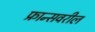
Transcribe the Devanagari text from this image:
फ्रान्सवरील